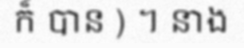
ក៏ បាន ) ។ នាង